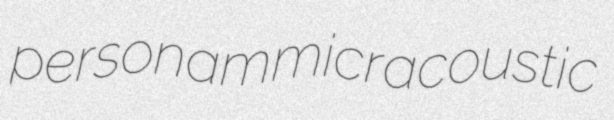
personam micracoustic